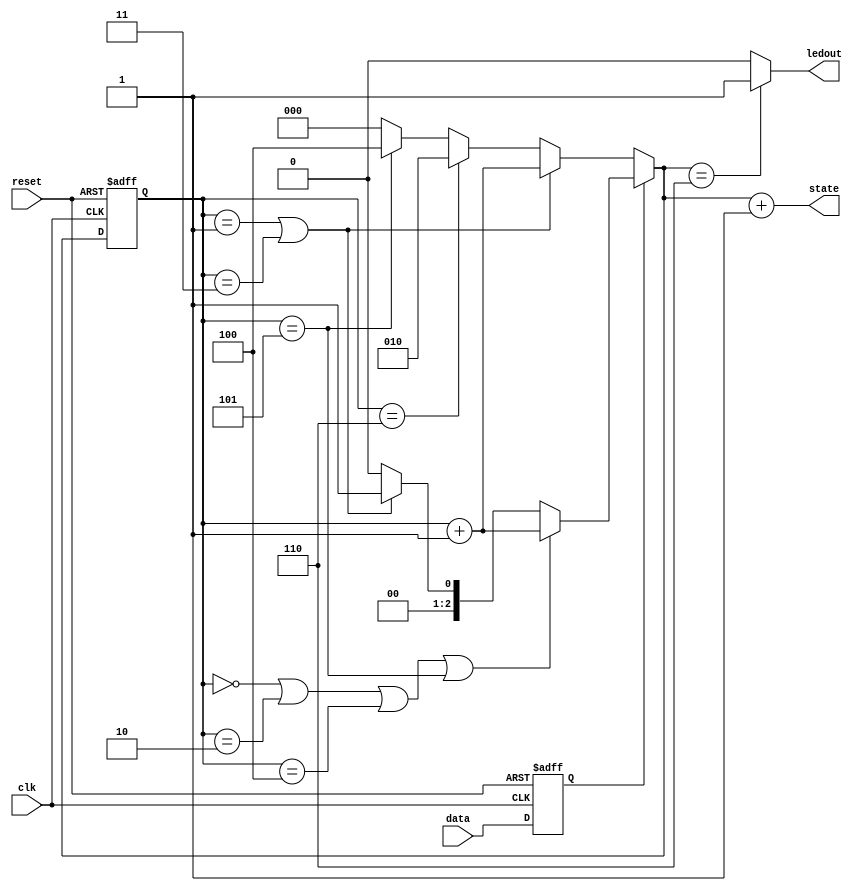
module sequence_a(
	ledout,
	state,
	clk,
	reset,
	data
);

input clk, reset, data;
output [0:0] ledout;
output [2:0] state;
reg [0:0] input_data;
reg [2:0] current_state, next_state;


initial begin 
	input_data <= 1'b0;
	current_state <= 3'b0;
end

always @(posedge clk or negedge reset) begin
	if(~reset) begin
		input_data <= 1'b0;
		current_state = 3'b0;
	end
	else begin
		input_data <= data;
		current_state <= next_state;
	end
end

always @(*) begin
/*
	case(current_state)
	3'b000: begin
			if(input_data==1) next_state <= 3'b001;
			else next_data <= 3'b000;
			end
*/
	if(input_data==1) begin
		if(current_state==3'b0
		 ||current_state==3'b010
		 ||current_state==3'b100
		 ||current_state==3'b101)
			next_state <= current_state + 3'b001;
		else if(current_state==3'b001
			  ||current_state==3'b011)
			next_state <= 3'b001;
		else
			next_state <= 3'b0;
	end
	else begin
		if(current_state==3'b001
		 ||current_state==3'b011)
			next_state <= current_state + 3'b001;
		else if(current_state==3'b110)
			next_state <= 3'b010;
		else if(current_state==3'b101)
			next_state <= 3'b100;
		else
			next_state <= 3'b0;
	end
end

assign ledout = (next_state==3'b110)? 1'b1 : 1'b0;
assign state = next_state + 3'b001;

endmodule